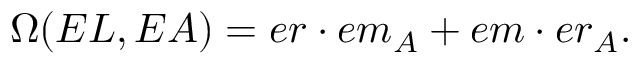
\Omega ( E L , E A ) = e r \cdot e m _ { A } + e m \cdot e r _ { A } .